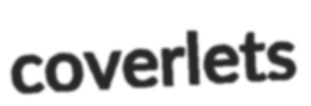
coverlets